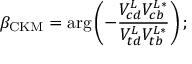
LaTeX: \beta _ { \mathrm { C K M } } = \arg \left( - \frac { V _ { c d } ^ { L } V _ { c b } ^ { L * } } { V _ { t d } ^ { L } V _ { t b } ^ { L * } } \right) ;